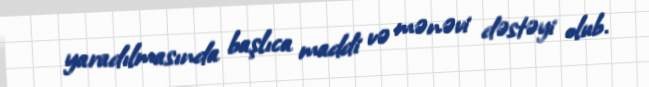
yaradılmasında başlıca maddi və mənəvi dəstəyi olub.